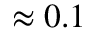
\approx 0 . 1